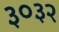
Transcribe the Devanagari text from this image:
३०३२